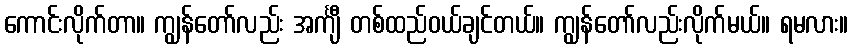
ကောင်းလိုက်တာ။ ကျွန်တော်လည်း အင်္ကျီ တစ်ထည်ဝယ်ချင်တယ်။ ကျွန်တော်လည်းလိုက်မယ်။ ရမလား။